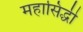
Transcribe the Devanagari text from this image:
महासिद्धी